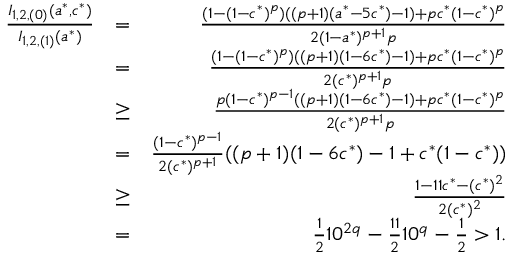
\begin{array} { r l r } { \frac { I _ { 1 , 2 , ( 0 ) } ( a ^ { * } , c ^ { * } ) } { I _ { 1 , 2 , ( 1 ) } ( a ^ { * } ) } } & { = } & { \frac { ( 1 - ( 1 - c ^ { * } ) ^ { p } ) ( ( p + 1 ) ( a ^ { * } - 5 c ^ { * } ) - 1 ) + p c ^ { * } ( 1 - c ^ { * } ) ^ { p } } { 2 ( 1 - a ^ { * } ) ^ { p + 1 } p } } \\ & { = } & { \frac { ( 1 - ( 1 - c ^ { * } ) ^ { p } ) ( ( p + 1 ) ( 1 - 6 c ^ { * } ) - 1 ) + p c ^ { * } ( 1 - c ^ { * } ) ^ { p } } { 2 ( c ^ { * } ) ^ { p + 1 } p } } \\ & { \ge } & { \frac { p ( 1 - c ^ { * } ) ^ { p - 1 } ( ( p + 1 ) ( 1 - 6 c ^ { * } ) - 1 ) + p c ^ { * } ( 1 - c ^ { * } ) ^ { p } } { 2 ( c ^ { * } ) ^ { p + 1 } p } } \\ & { = } & { \frac { ( 1 - c ^ { * } ) ^ { p - 1 } } { 2 ( c ^ { * } ) ^ { p + 1 } } ( ( p + 1 ) ( 1 - 6 c ^ { * } ) - 1 + c ^ { * } ( 1 - c ^ { * } ) ) } \\ & { \ge } & { \frac { 1 - 1 1 c ^ { * } - ( c ^ { * } ) ^ { 2 } } { 2 ( c ^ { * } ) ^ { 2 } } } \\ & { = } & { \frac { 1 } { 2 } 1 0 ^ { 2 q } - \frac { 1 1 } { 2 } 1 0 ^ { q } - \frac { 1 } { 2 } > 1 . } \end{array}